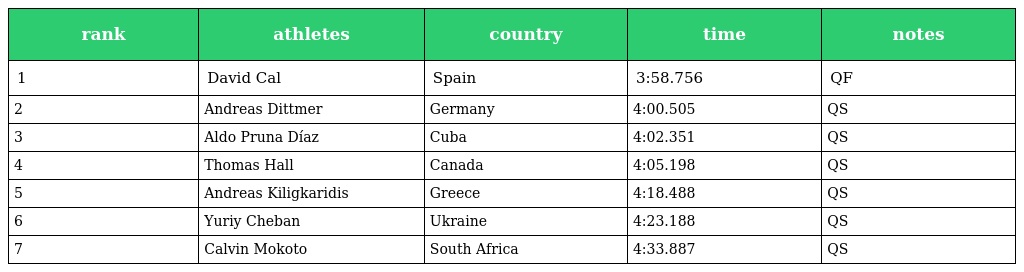
| rank | athletes | country | time | notes |
 | --- | --- | --- | --- | --- |
 | 1 | David Cal | Spain | 3:58.756 | QF |
 | 2 | Andreas Dittmer | Germany | 4:00.505 | QS |
 | 3 | Aldo Pruna Díaz | Cuba | 4:02.351 | QS |
 | 4 | Thomas Hall | Canada | 4:05.198 | QS |
 | 5 | Andreas Kiligkaridis | Greece | 4:18.488 | QS |
 | 6 | Yuriy Cheban | Ukraine | 4:23.188 | QS |
 | 7 | Calvin Mokoto | South Africa | 4:33.887 | QS |